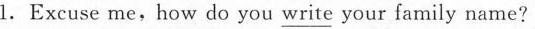
1.Excuse me,how do you\underline{write} your family name?